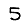
Digit: 5